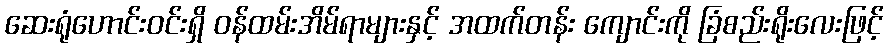
ဆေးရုံဟောင်းဝင်းရှိ ဝန်ထမ်းအိမ်ရာများနှင့် အထက်တန်း ကျောင်းကို ခြံစည်းရိုးလေးဖြင့်